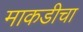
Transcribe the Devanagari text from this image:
माकडीचा